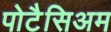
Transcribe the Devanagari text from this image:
पोटैसिअम